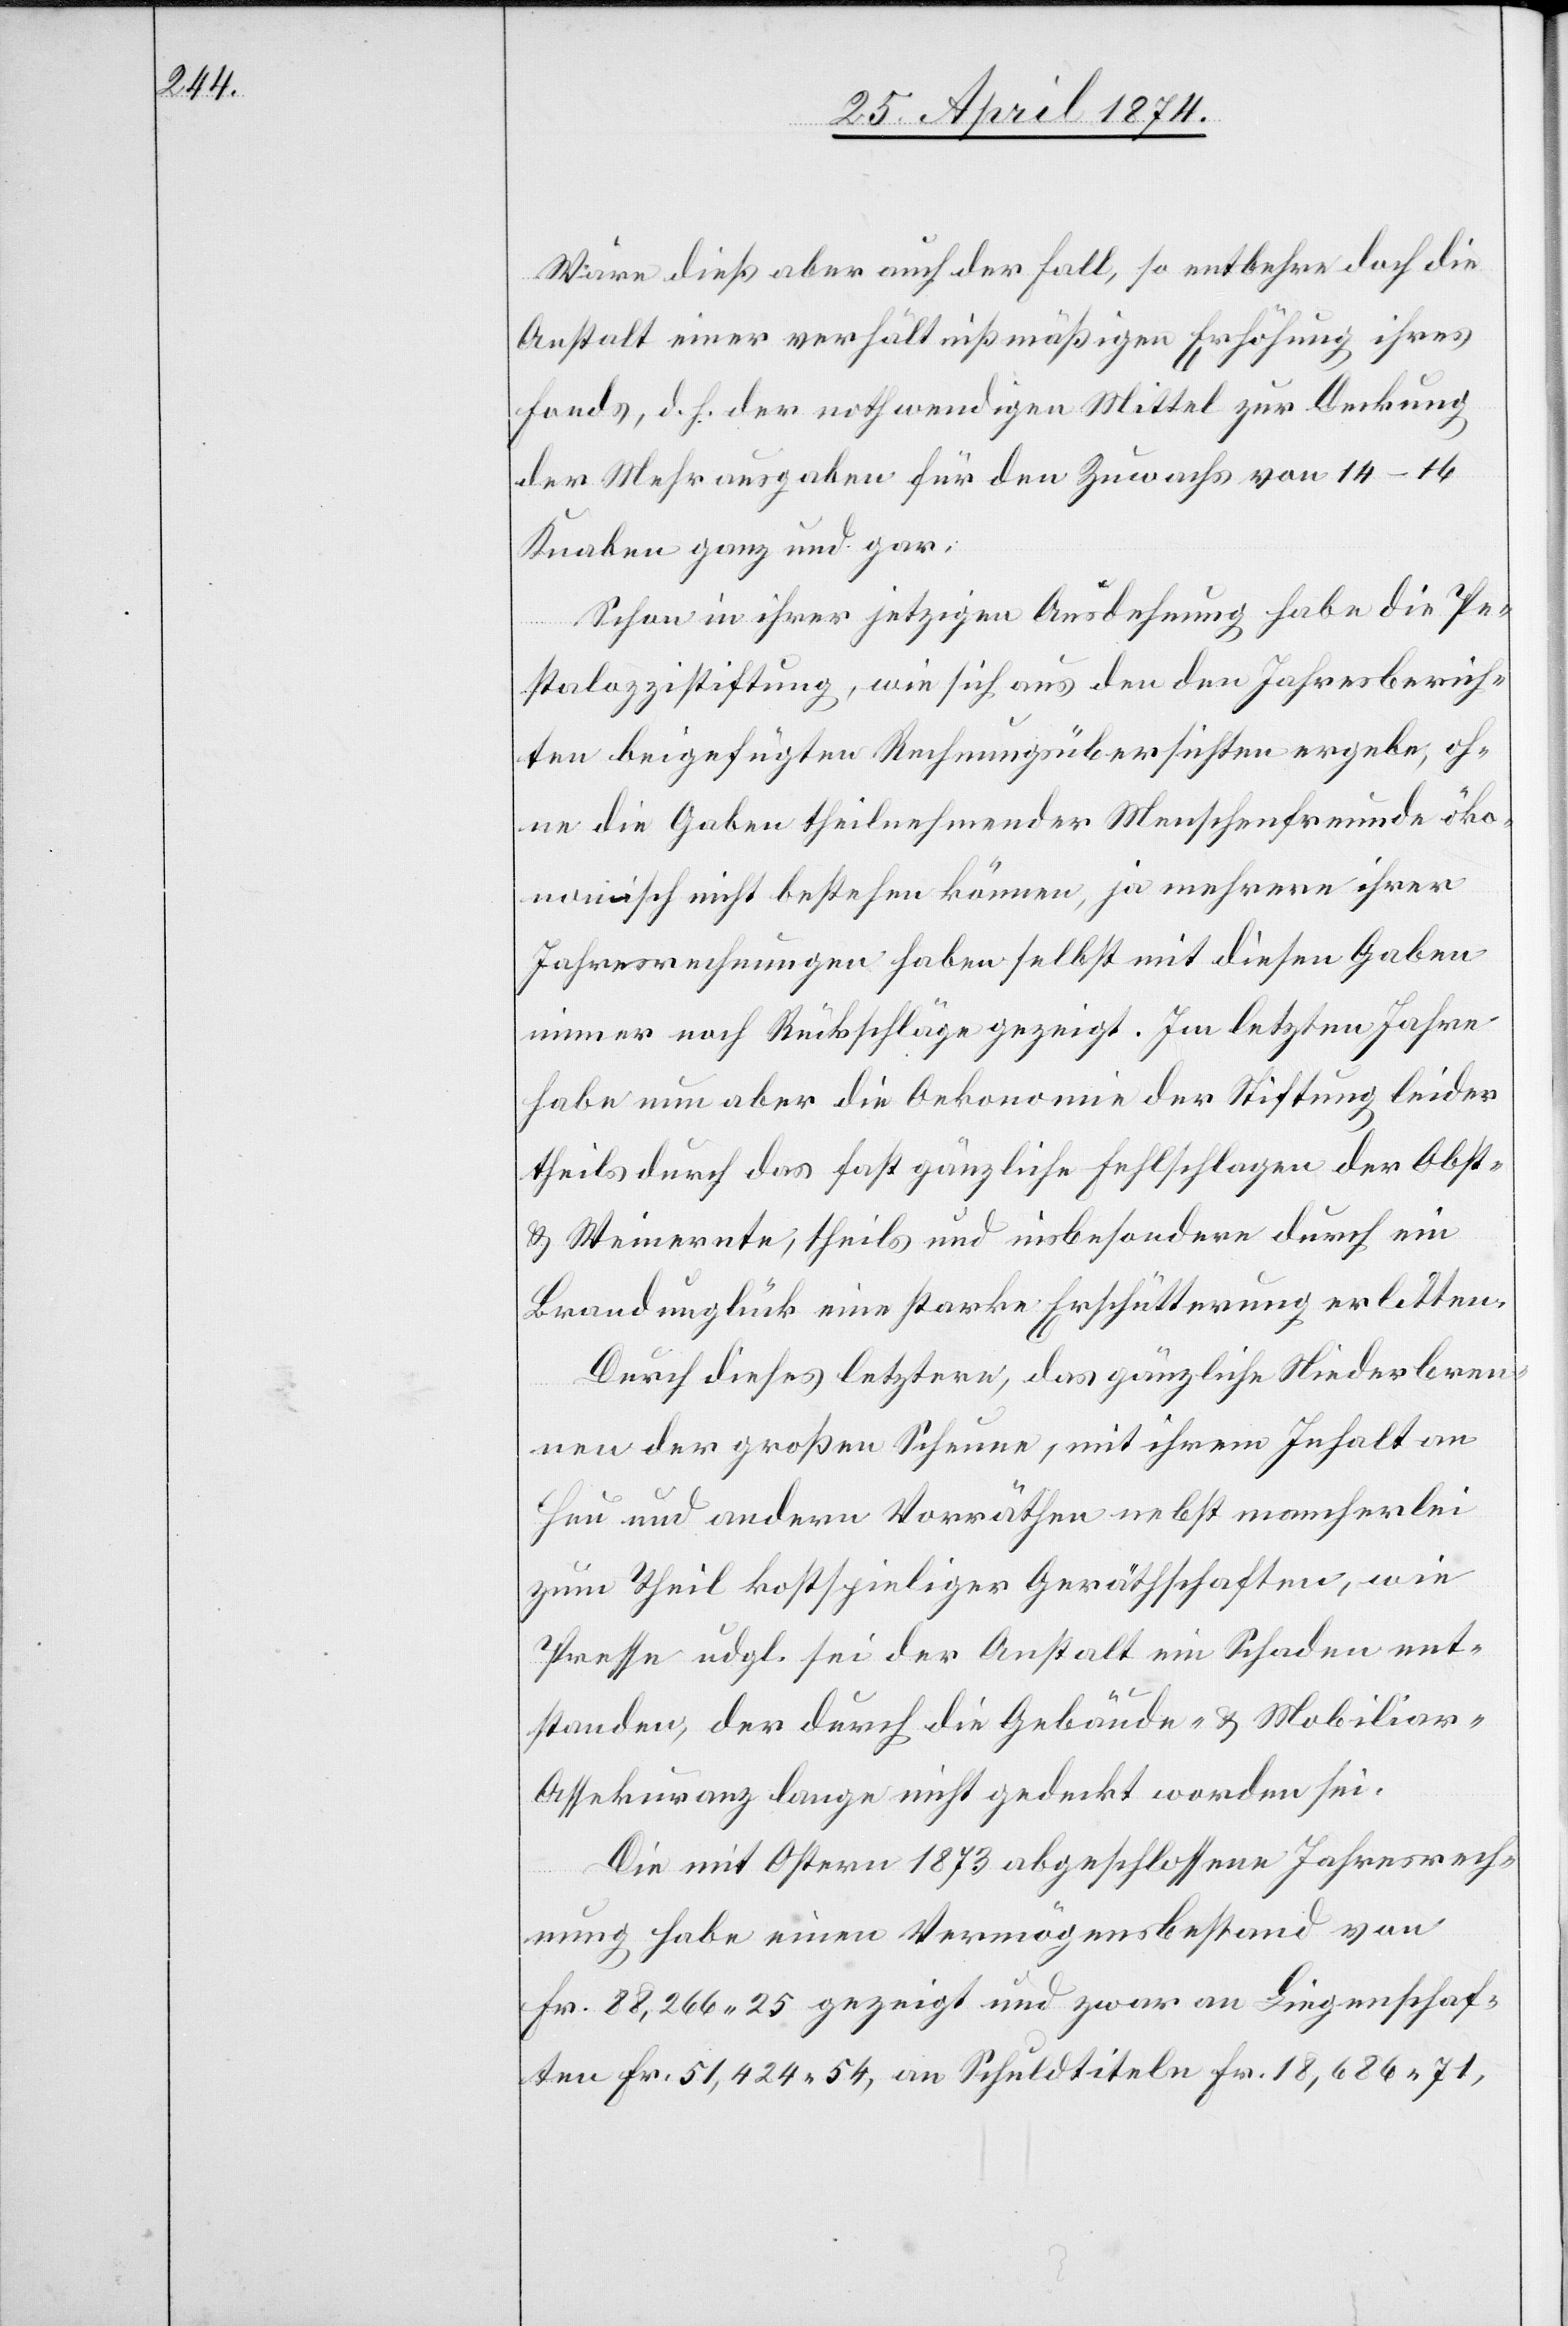
Wäre dieß aber auch der Fall, so entbehre doch die
Anstalt einer verhältnißmäßigen Erhöhung ihres
Fonds, d. h. der nothwendigen Mittel zur Deckung
der Mehrausgaben für den Zuwachs von 14–16
Knaben ganz und gar.
Schon in ihrer jetzigen Ausdehnung habe die Pe¬
stalozzistiftung, wie sich aus den den Jahresberich¬
ten beigefügten Rechnungsübersichten ergebe, oh¬
ne die Gaben theilnehmender Menschenfreunde öko¬
nomische nicht bestehen können, ja mehrere ihrer
Jahresrechnungen haben selbst mit diesen Gaben
immer noch Rückschläge gezeigt. Im letzten Jahre
habe nun aber die Oekonomie der Stiftung beider
theils durch das fast gänzliche Fehlschlagen der Obst-
u. Weinernte, theils und insbesondere durch ein
Brandunglück eine starke Erschütterung erlitten.
Durch dieses letztere, das gänzliche Niederbren¬
nen der großen Scheune, mit ihrem Inhalt an
Heu und andern Vorräthen nebst mancherlei
zum theil kostspieliger Geräthschaften, wie
Presse udgl. sei der Anstalt ein Schaden ent¬
standen, der durch die Gebäude- u. Mobiliar-A¬
ssekuranz lange nicht gedeckt worden sei.
Die mit Ostern 1873 abgeschlossene Jahresrech¬
nung habe einen Vermögensbestand von
Fr. 88,266.25 gezeigt und zwar an Liegenschaf¬
ten Fr. 51,424.54, an Schuldtiteln Fr. 18,686.71,